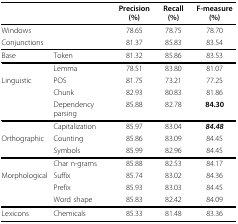
|  |  | Precision (%) | Recall (%) | F-measure (%) |
 | --- | --- | --- | --- | --- |
 | Windows |  | 78.65 | 78.75 | 78.70 |
 | Conjunctions |  | 81.37 | 85.83 | 83.54 |
 | Base | Token | 81.32 | 85.86 | 83.53 |
 |  | Lemma | 78.51 | 83.80 | 81.07 |
 | Linguistic | POS | 81.75 | 73.21 | 77.25 |
 |  | Chunk | 82.93 | 80.83 | 81.86 |
 |  | Dependency parsing | 85.88 | 82.78 | 84.30 |
 |  | Capitalization | 85.97 | 83.04 | 84.48 |
 | Orthographic | Counting | 85.86 | 83.09 | 84.45 |
 |  | Symbols | 85.99 | 82.96 | 84.45 |
 |  | Char n-grams | 85.88 | 82.53 | 84.17 |
 | Morphological | Suffix | 85.74 | 83.02 | 84.36 |
 |  | Prefix | 85.93 | 83.03 | 84.45 |
 |  | Word shape | 85.83 | 82.42 | 84.09 |
 | Lexicons | Chemicals | 85.33 | 81.48 | 83.36 |